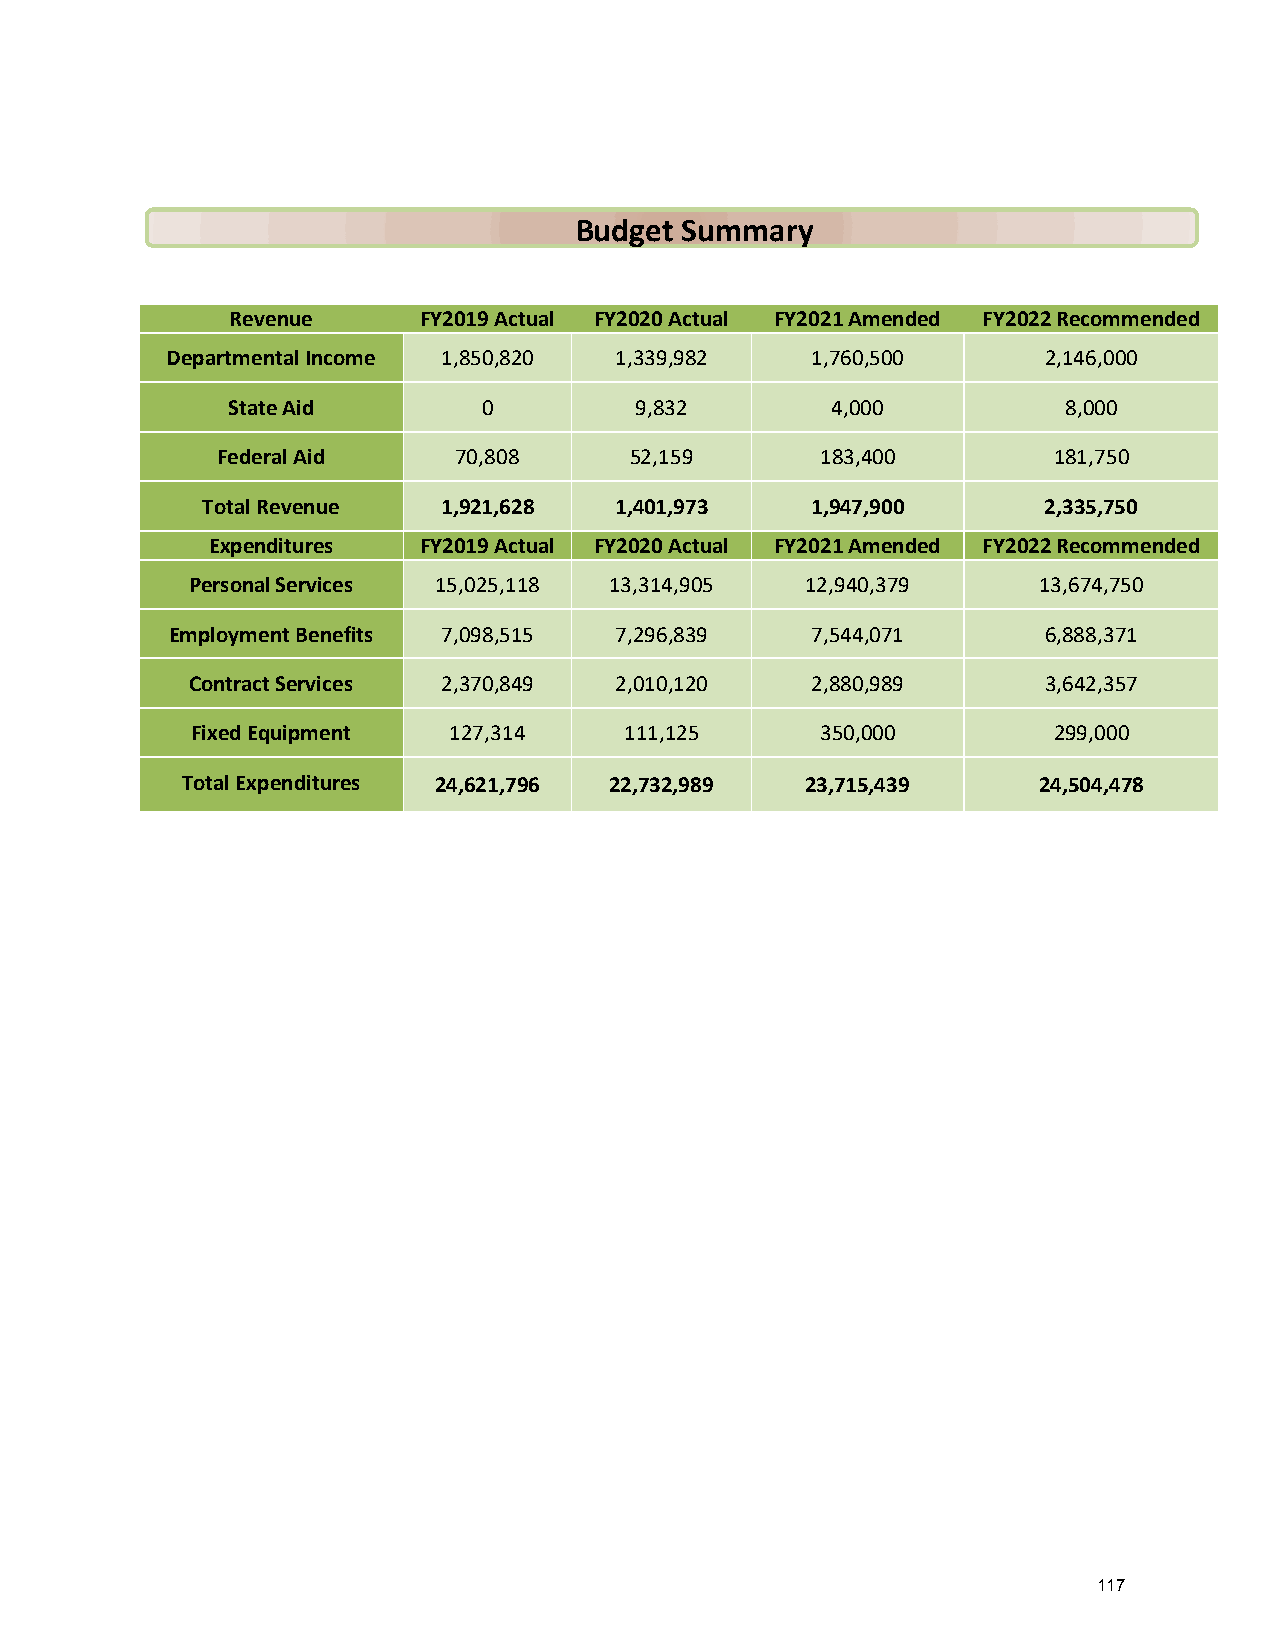
Budget Summary
 Revenue      FY2019 Actual FY2020 Actual FY2021 Amended FY2022 Recommended
 Departmental Income 1,850,820 1,339,982    1,760,500      2,146,000
 State Aid        0         9,832        4,000           8,000
 Federal Aid     70,808      52,159      183,400         181,750
 Total Revenue   1,921,628   1,401,973    1,947,900      2,335,750
 Expenditures  FY2019 Actual FY2020 Actual FY2021 Amended FY2022 Recommended
 Personal Services 15,025,118 13,314,905  12,940,379      13,674,750
 Employment Benefits 7,098,515 7,296,839    7,544,071      6,888,371
 Contract Services 2,370,849  2,010,120    2,880,989      3,642,357
 Fixed Equipment  127,314    111,125      350,000         299,000
 Total Expenditures 24,621,796 22,732,989 23,715,439      24,504,478
 117